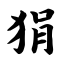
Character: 狷